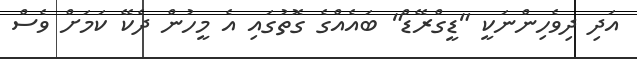
އަދި ދިވެހިންނަކީ "ޑީގްރޭޑް" ބައެއްގެ ގޮތުގައި އެ މީހުން ދެކޭ ކަމަށް ވެސް